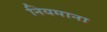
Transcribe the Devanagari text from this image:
नियमाना